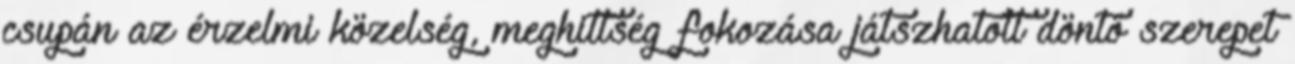
csupán az érzelmi közelség, meghittség fokozása játszhatott döntő szerepet